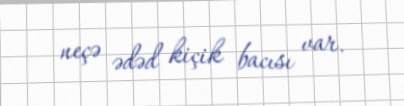
neçə ədəd kiçik bacısı var.